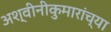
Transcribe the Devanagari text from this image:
अश्वीनीकुमारांच्या